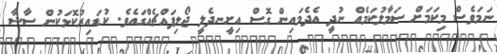
ނަމަވެސް މިކަމަށް ސަމާލުކަމެއް ނުދީ އެދެމައިން ގޮސް އިށީނދެލީ ޖޯލިފައްޗެއްގައެވެ. ކުޑައިރުކޮޅަކުން ސާޝާ